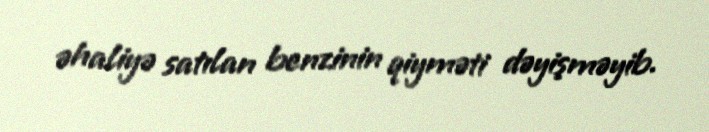
əhaliyə satılan benzinin qiyməti dəyişməyib.